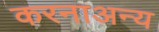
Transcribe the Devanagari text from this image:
करनाअन्य